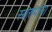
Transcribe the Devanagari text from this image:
स्वरुपांना